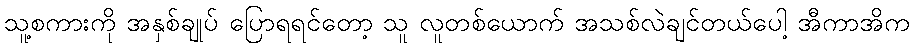
သူ့စကားကို အနှစ်ချုပ် ပြောရရင်တော့ သူ လူတစ်ယောက် အသစ်လဲချင်တယ်ပေါ့ အီကာအိက